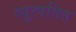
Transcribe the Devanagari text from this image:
व्युत्पतित